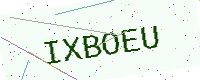
Text: IXBOEU